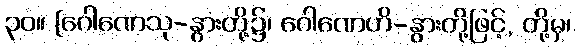
၃၀။ [ဂေါဏေသု-နွားတို့၌၊ ဂေါဏေဟိ-နွားတို့ဖြင့်, တို့မှ၊